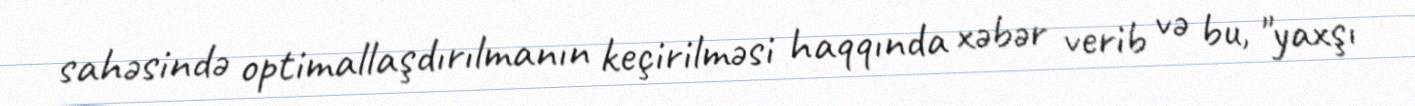
sahəsində optimallaşdırılmanın keçirilməsi haqqında xəbər verib və bu, "yaxşı